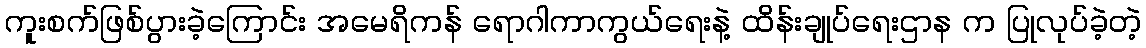
ကူးစက်ဖြစ်ပွားခဲ့ကြောင်း အမေရိကန် ရောဂါကာကွယ်ရေးနဲ့ ထိန်းချုပ်ရေးဌာန က ပြုလုပ်ခဲ့တဲ့